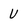
Character: V